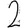
Digit: 2